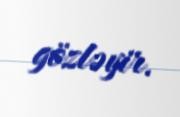
gözləyir.